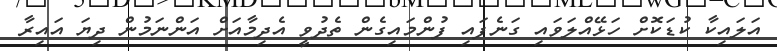
އަލައިކާ ކުޑަކޮށް ހަޅޭއްލަވައި ގަނެފައި ފުންމައިގެން ތެދުވީ އެދިމާއަށް އަންނަމުން ދިޔަ އައިރާ